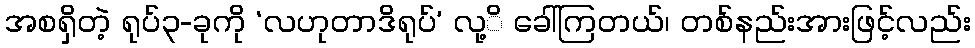
အစရှိတဲ့ ရုပ်၃-ခုကို ‘လဟုတာဒိရုပ်’ လု့ိ ခေါ်ကြတယ်၊ တစ်နည်းအားဖြင့်လည်း